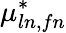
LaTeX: \mu_{ln,fn}^{*}